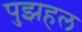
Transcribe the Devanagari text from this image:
पुझहल